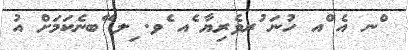
ްނ އެ ްއ ހުނަ ުރވެރިޔާ ެއ ެވ. ިލ ޭބނެކަމަށް އު